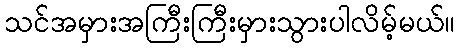
သင်အမှားအကြီးကြီးမှားသွားပါလိမ့်မယ်။